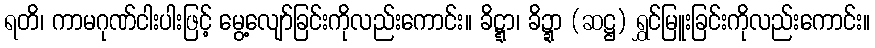
ရတိ၊ ကာမဂုဏ်ငါးပါးဖြင့် မွေ့လျော်ခြင်းကိုလည်းကောင်း။ ခိဋ္ဋာ၊ ခိဍ္ဍာ (ဆဋ္ဌ) ရွှင်မြူးခြင်းကိုလည်းကောင်း။